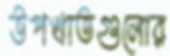
উপখাতগুলোর